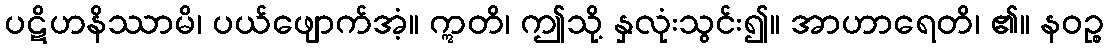
ပဋိဟနိဿာမိ၊ ပယ်ဖျောက်အံ့။ ဣတိ၊ ဤသို့ နှလုံးသွင်း၍။ အာဟာရေတိ၊ ၏။ နဝဉ္စ